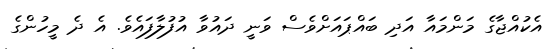
އެކުއްޖާގެ މަންމައާ އަދި ބައްޕައަށްވެސް ވަނީ ދައުވާ އުފުލާފައެވެ. އެ ދެ މީހުންގެ